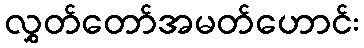
လွှတ်တော်အမတ်ဟောင်း